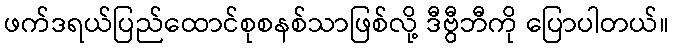
ဖက်ဒရယ်ပြည်ထောင်စုစနစ်သာဖြစ်လို့ ဒီဗွီဘီကို ပြောပါတယ်။